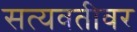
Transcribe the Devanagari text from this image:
सत्यवतीवर